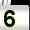
Digit: 5